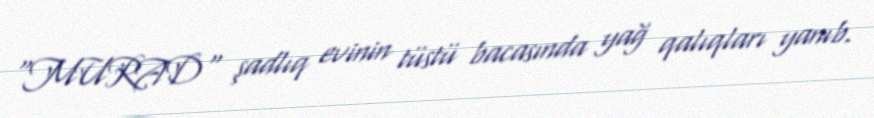
"MURAD" şadlıq evinin tüstü bacasında yağ qalıqları yanıb.